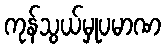
ကုန်သွယ်မှုပမာဏ